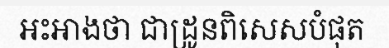
អះអាងថា ជាដ្រូនពិសេសបំផុត